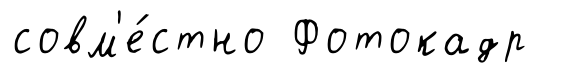
совм'е́стно Фотокадр